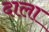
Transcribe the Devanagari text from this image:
दाला